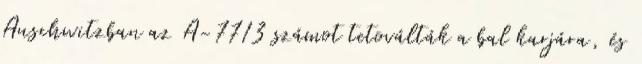
Auschwitzban az A-7713 számot tetoválták a bal karjára, és